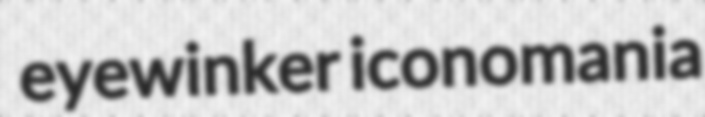
eyewinker iconomania